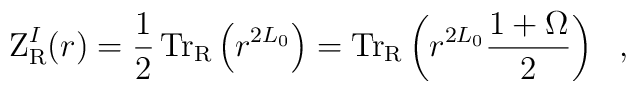
{\rm Z}_{{\rm R}}^{I}(r) = \frac{1}{2}\,{\rm Tr}_{{\rm R}}\left( r^{2L_0} \right)={\rm Tr}_{{\rm R}}\left( r^{2L_0}{1+ \Omega \over 2}\right)~~,